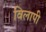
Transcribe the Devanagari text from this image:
विलापी